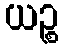
ယဉ္စ